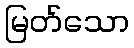
မြတ်သော